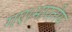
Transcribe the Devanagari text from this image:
गए।भारतीय